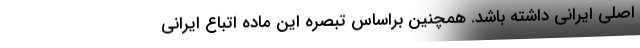
اصلی ایرانی داشته باشد. همچنین براساس تبصره این ماده اتباع ایرانی